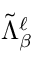
\tilde { \Lambda } _ { \beta } ^ { \ell }